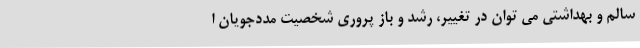
سالم و بهداشتی می توان در تغییر، رشد و باز پروری شخصیت مددجویان ا